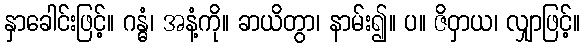
နှာခေါင်းဖြင့်။ ဂန္ဓံ၊ အနံ့ကို။ ခာယိတွာ၊ နာမ်း၍။ ပ။ ဇိဝှာယ၊ လျှာဖြင့်။